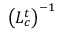
\left( \boldsymbol { L _ { c } ^ { t } } \right) ^ { - 1 }